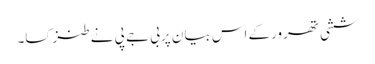
ششی تھرورکے اس بیان پربی جے پی نے طنزکسا۔